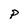
Character: P